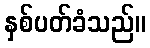
နှစ်ပတ်ခံသည်။